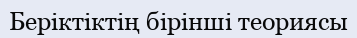
Беріктіктің бірінші теориясы